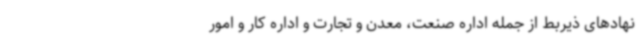
نهادهای ذیربط از جمله اداره صنعت، معدن و تجارت و اداره کار و امور